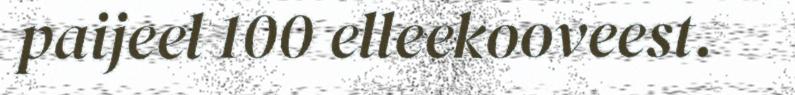
paijeel 100 elleekooveest.